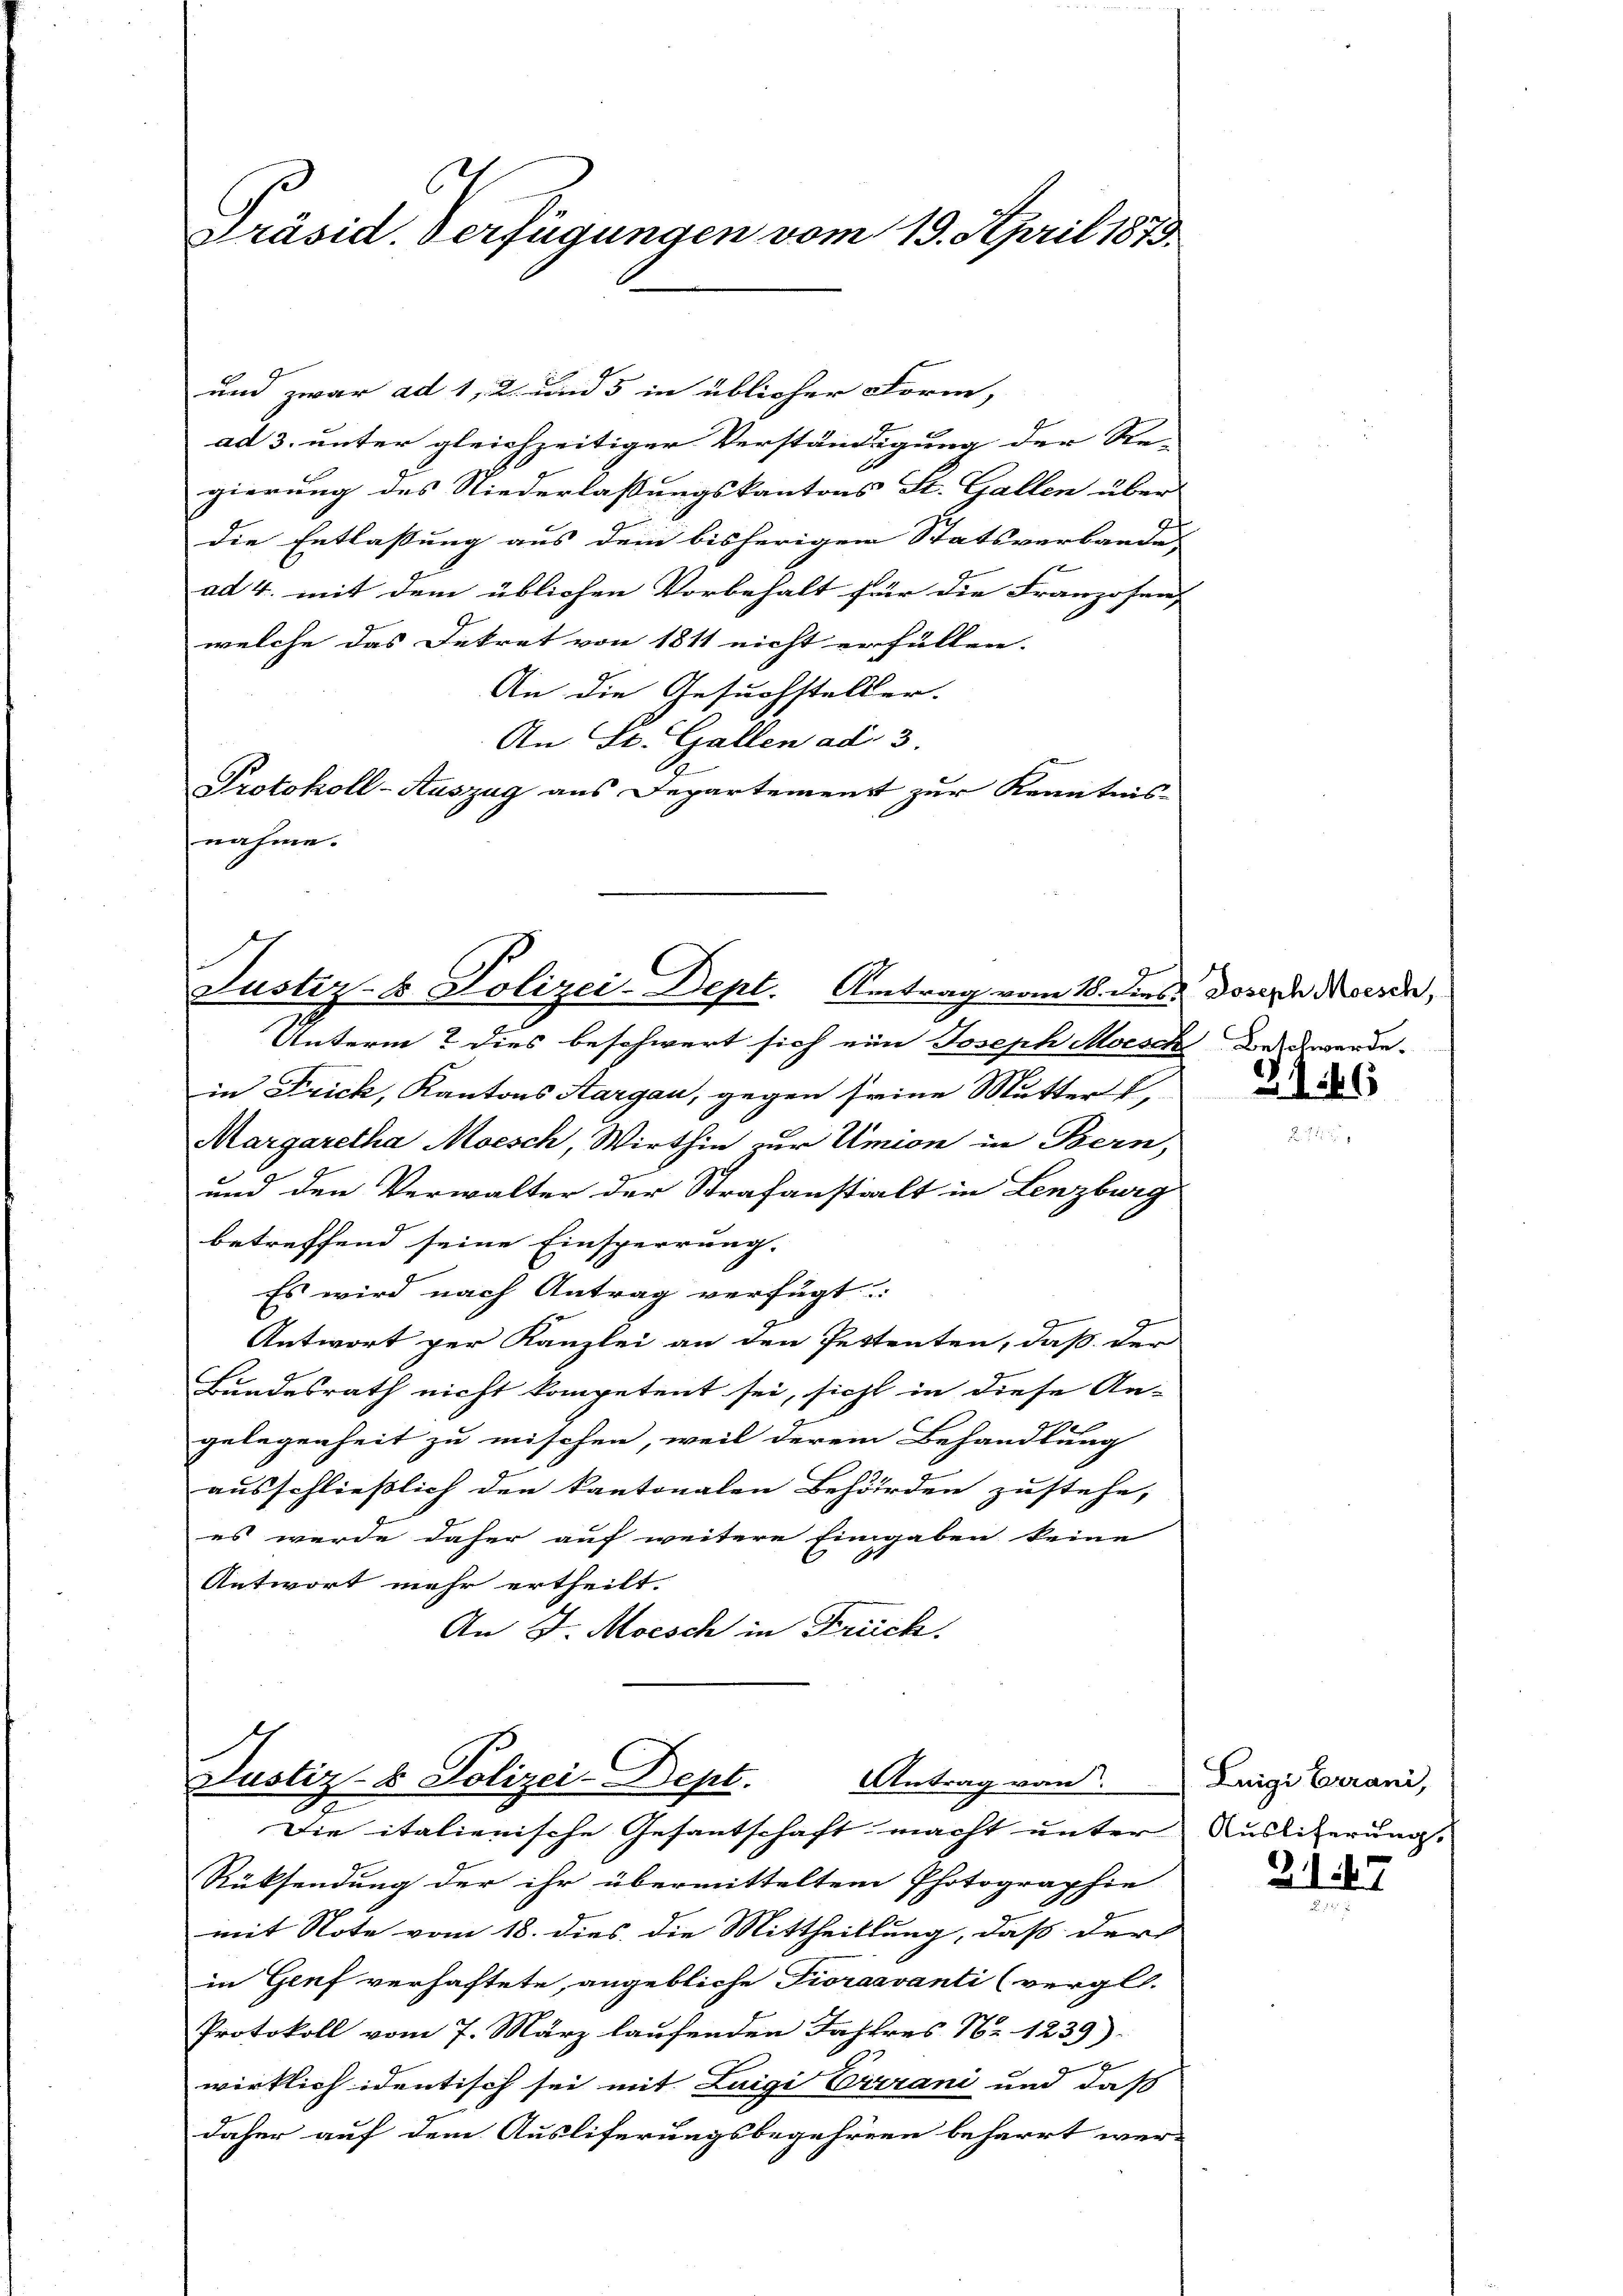
.
Präsid. Verfügungen vom 19. April 1873.

und zwar ad 1, 2 und 5 in üblicher Form,
ad 3. unter gleichzeitiger Verständigung der Re-
gierung des Niederlassungskantons St. Gallen über
Die Entlassung aus dem bisherigen Statsverbande
x
ad 4. mit dem üblichen Vorbehalt für die Franzosen,
welche das Dekret von 1811 nicht erfüllen. |
An die Gesuchsteller.
An St. Gallen ad 3.
Protokoll-Auszug aus Departement zur Kenntnis-
nahme.

C
Justiz- & Polizei-Dept. Antrag vom 18. dies Joseph Mosch,

Die italienische Gefantschaft macht unter
Rüksendung der ihr übermitteltem Photographie
mit Note vom 18. dies die Mittheillung, dass der |
in Genf verhaftete, angebliche Pioraavanti (vergl.
Protokoll vom 7. März laufenden Jahres Nr. 1239)
g
wirklich identisch sei mit Luigi Ertrani und daß
daher auf dem Ausliferungsbegehren beharrt wer-

Justiz- & Polizei-Dept.
Antrag von

Unterm? Dies beschwert sich eine Joseph Morsch das werde-
in Frick, Kantons Aargau, gegen seine Mutter
Margaretha Moesch, Wirthin zur Union in Bern,
und den Verwalter der Strafanstalt in Lenzburg
betreffend seine Einsperrung.
Es wird nach Antrag verfügt:
Antwort per Kanzlei an den Pestenten, daß der
Bundesrath nicht kompetent sei, sicht in diese An-
gelegenheit zu mischen, weil derem Behandlung
ausschließlich den kantonalen Behörden zustehe,
es werde daher auf weitere Eingaben keine
Antwort mehr ertheilt.
An J. Moesch in Früch

G146

Luigi Carani,
Ausliferung,

2147